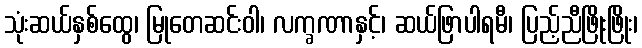
သုံးဆယ်နှစ်ထွေ၊ မြုတေဆင်းဝါ၊ လက္ခဏာနှင့်၊ ဆယ်ဖြာပါရမီ၊ ပြည့်ညီဖြိုးဖြိုး၊